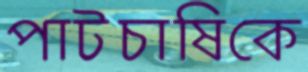
পাটচাষিকে